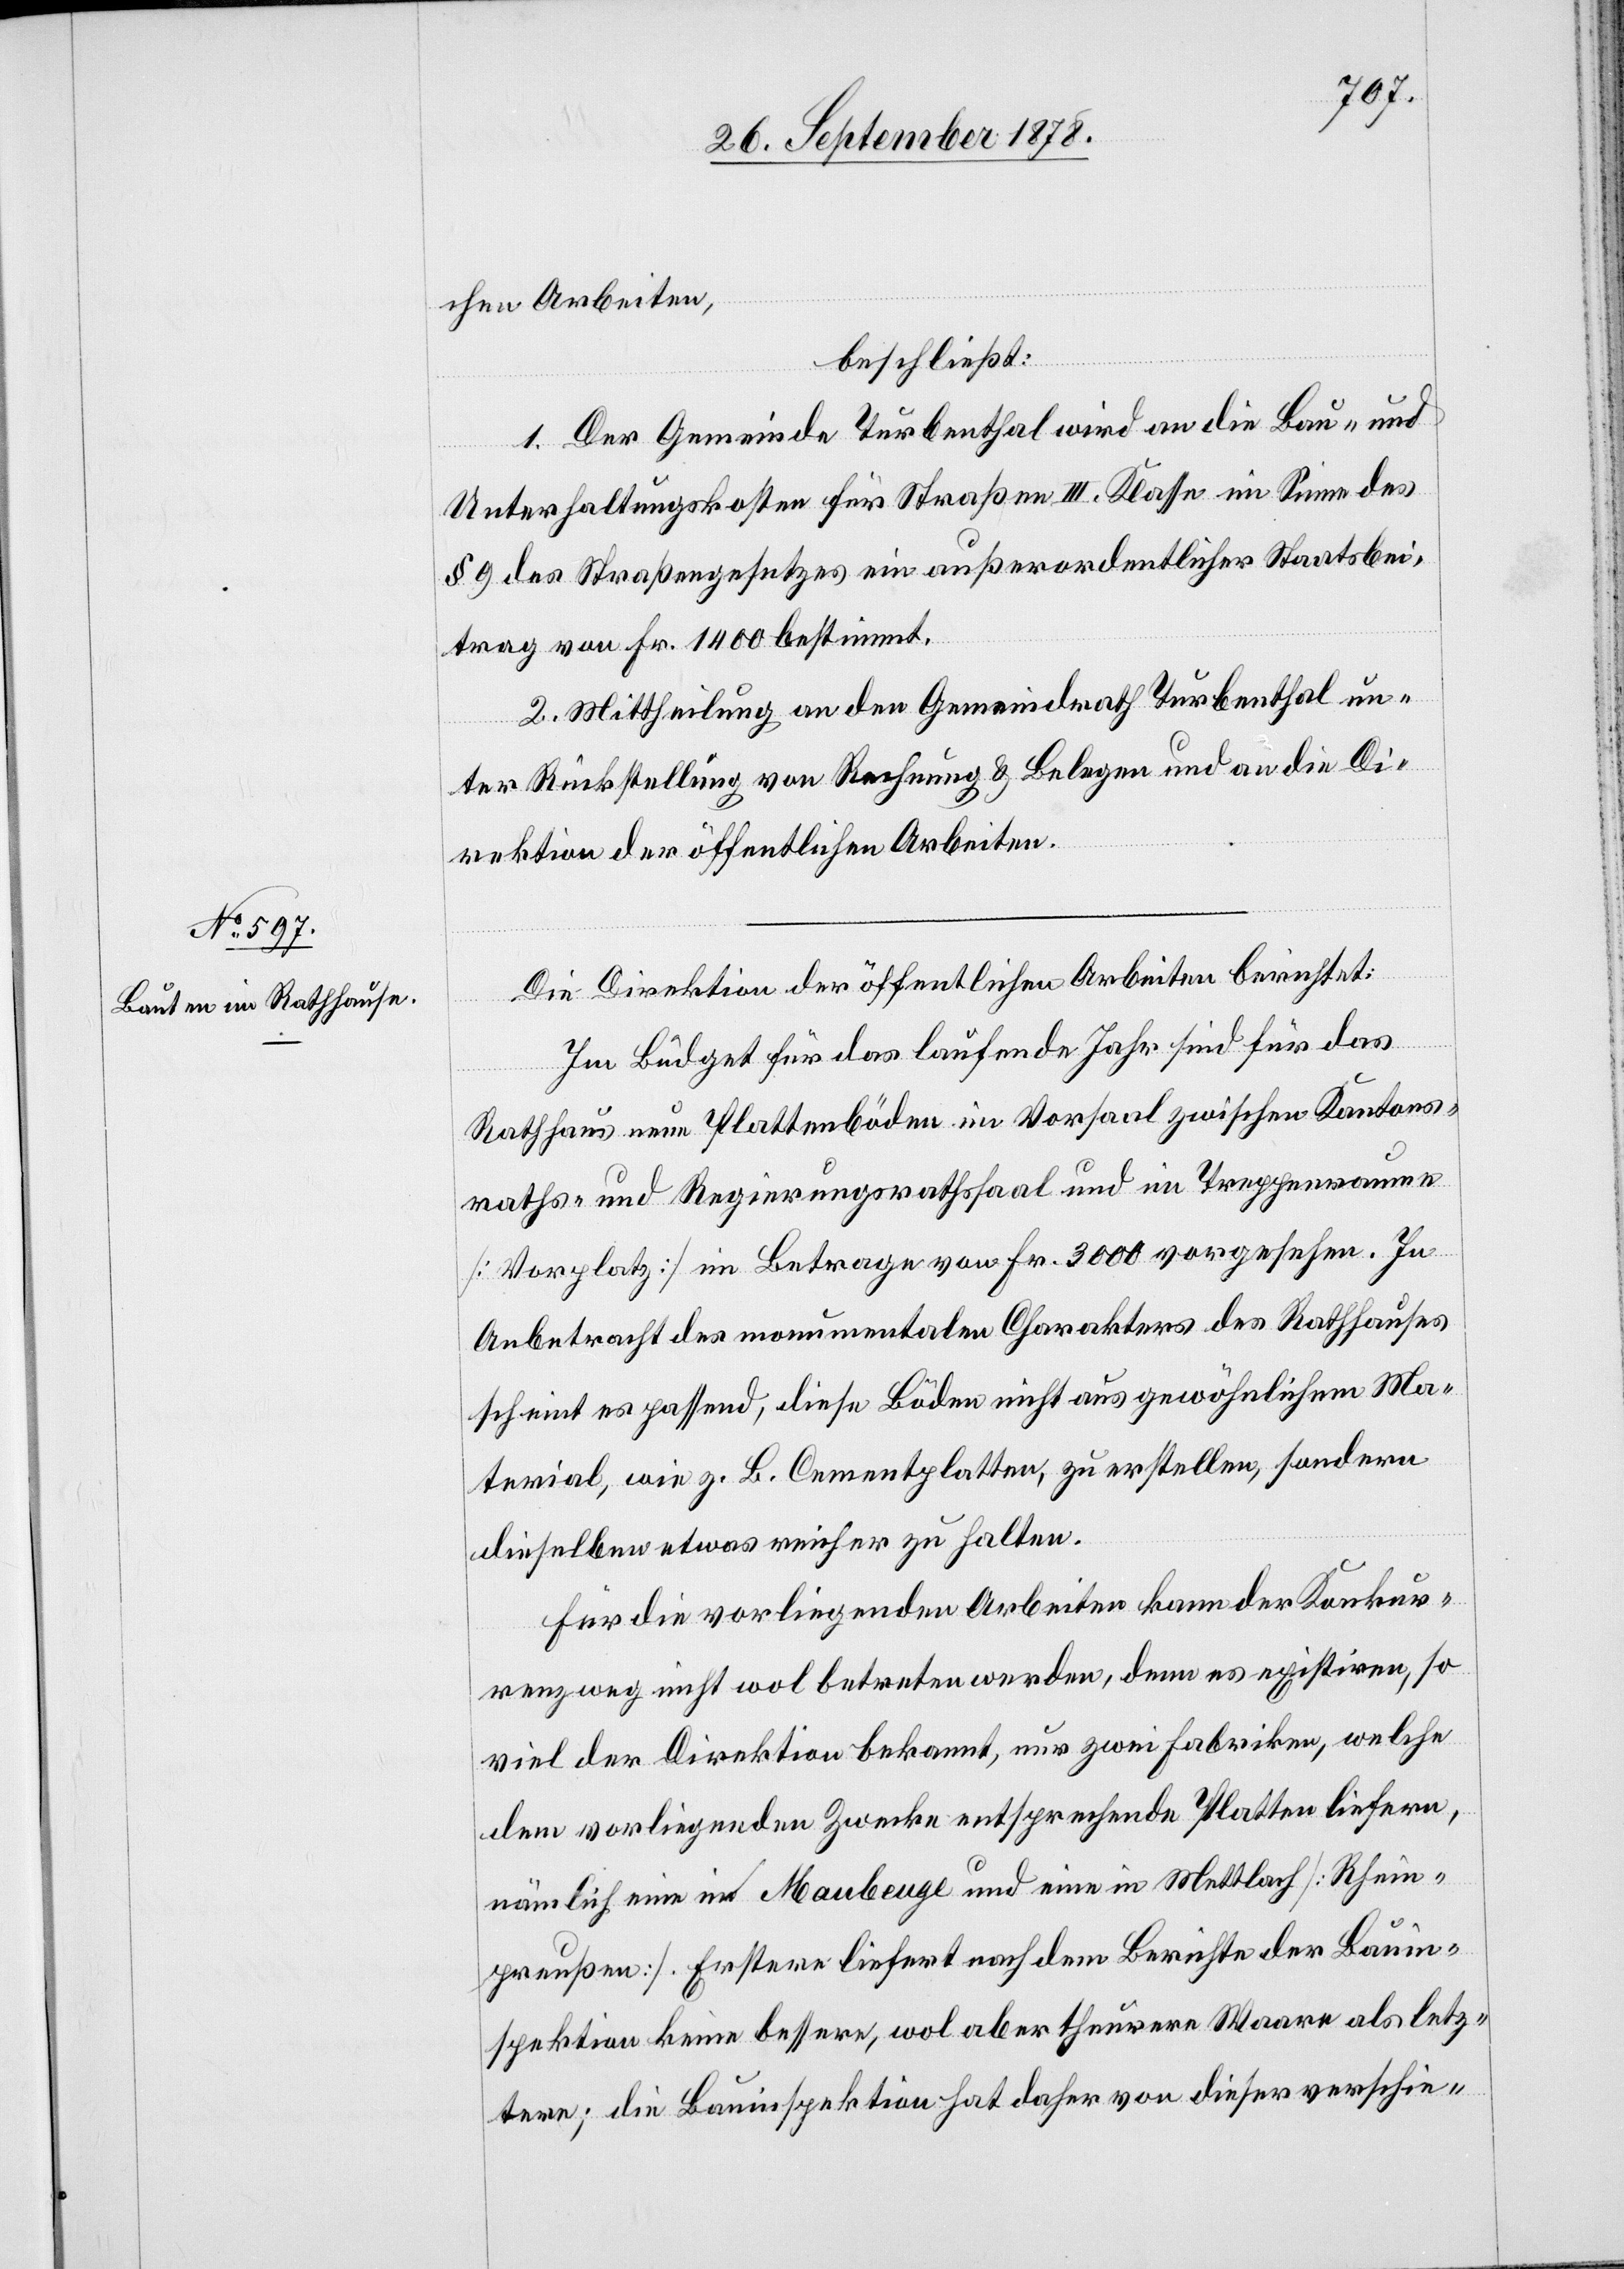
chen Arbeiten,
beschließt:
1. Der Gemeinde Turbenthal wird an die Bau- und
Unterhaltungskosten für Straßen III. Klasse im Sinne des
§ 9 des Straßengesetzes ein außerordentlicher Staatsbei¬
trag von Fr. 1400 bestimmt.
2. Mittheilung an den Gemeindrath Turbenthal un¬
ter Rückstellung von Rechnung & Belegen und an die Di¬
rektion der öffentlichen Arbeiten.
Die Direktion der öffentlichen Arbeiten berichtet:
Im Büdget für das laufende Jahr sind für das
Rathhaus neue Plattenböden im Vorsaal zwischen Kantons¬
raths- und Regierungsrathssaal und im Treppenraume
[Vorplatz] im Betrage von Fr. 3000 vorgesehen. In
Anbetracht des monumentalen Charakters des Rathhauses
scheint es passend, diese Böden nicht aus gewöhnlichem Ma¬
terial, wie z. B. Cementplatten, zu erstellen, sondern
dieselben etwas reicher zu halten.
Für die vorliegenden Arbeiten kann der Konkur¬
renz nicht wol betreten werden, denn es existiren, so
viel der Direktion bekannt, nur zwei Fabriken, welche
dem vorliegenden Zwecke entsprechende Platten liefern,
nämlich eine in Maubeuge und eine in Mettlach [Rhein¬
preußen]. Erstere liefert nach dem Berichte der Bauin¬
spektion keine bessere, wol aber theurere Waare als letz¬
tere; die Bauinspektion hat daher von dieser verschie-